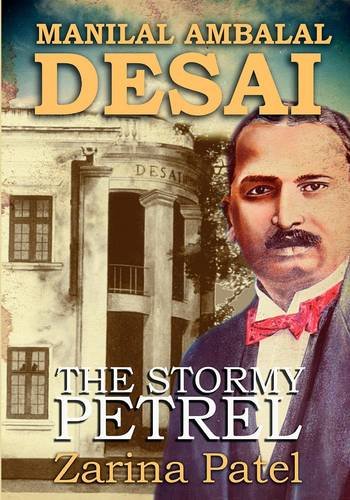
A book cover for Manilal Ambalal Desai. The Stormy Petrel; Zarina Patel; History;